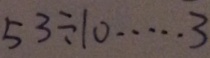
5 3 \div 1 0 \cdots 3